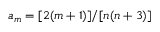
a _ { m } = [ 2 ( m + 1 ) ] / [ n ( n + 3 ) ]